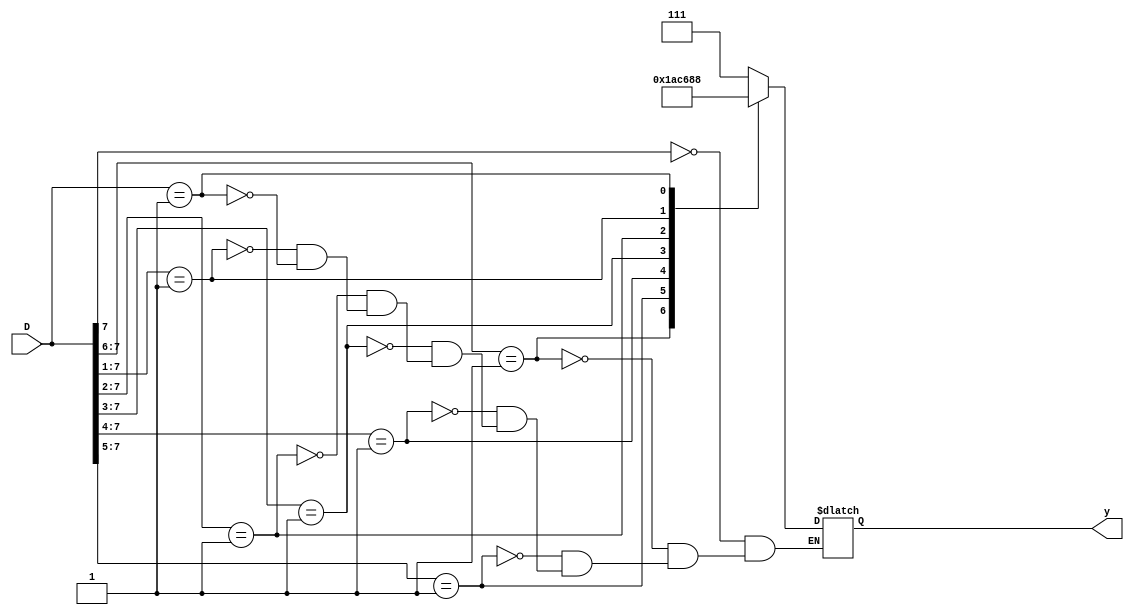
`timescale 1ns / 1ps
//////////////////////////////////////////////////////////////////////////////////
// Company: 
// Engineer: 
// 
// Design Name: 
// Module Name: priority_encoder_4to2
// Project Name: 
// Target Devices: 
// Tool Versions: 
// Description: 
// 
// Dependencies: 
// 
// Revision:
// Revision 0.01 - File Created
// Additional Comments:
// 
//////////////////////////////////////////////////////////////////////////////////


module priority_encoder_4to2(
    input [7:0] D,
  output reg [2:0] y);
  
  always@(D) begin
    casex(D)
      8'b1xxx_xxxx: y = 3'b111;
      8'b01xx_xxxx: y = 3'b110;
      8'b001x_xxxx: y = 3'b101;
      8'b0001_xxxx: y = 3'b100;
      8'b0000_1xxx: y = 3'b011;
      8'b0000_01xx: y = 3'b010;
      8'b0000_001x: y = 3'b001;
      8'b0000_0001: y = 3'b000;
      default: $display("Invalid data received");
    endcase
  end
endmodule